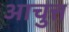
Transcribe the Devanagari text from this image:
आचुत्त